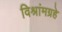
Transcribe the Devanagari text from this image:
विश्रांमग्रहे